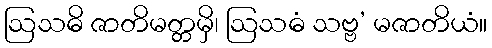
ဩသဓိ ဇာတိမတ္တမှိ၊ ဩသဓံ သဗ္ဗ’ မဇာတိယံ။